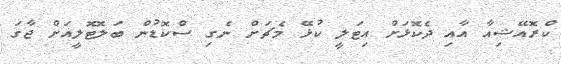
ކްރޮއޭޝިއާ އާއި ދެކޮޅަށް އިޓަލީ ކުޅޭ މެޗަށް ނެގި ސްކޮޑުން ބަލޮޓޮލީއަށް ޖާގަ